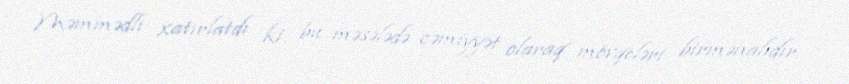
Məmmədli xatırlatdı ki, bu məsələdə cəmiyyət olaraq mövqeləri birmənalıdır: